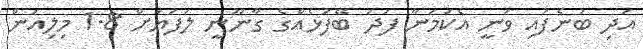
އަދި ބުނެފައި ވަނީ އެކަމަނާ ފަދަ ބޭފުޅެއްގެ ގާނޫނީ ލަފަޔަށް 1.8 މިލިއަން